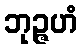
ဘုဉ္ဇဟံ